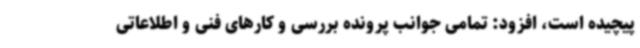
پیچیده است، افزود: تمامی جوانب پرونده بررسی و کارهای فنی و اطلاعاتی